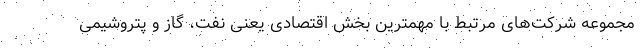
مجموعه شرکت‌های مرتبط با مهمترین بخش اقتصادی یعنی نفت، گاز و پتروشیمی